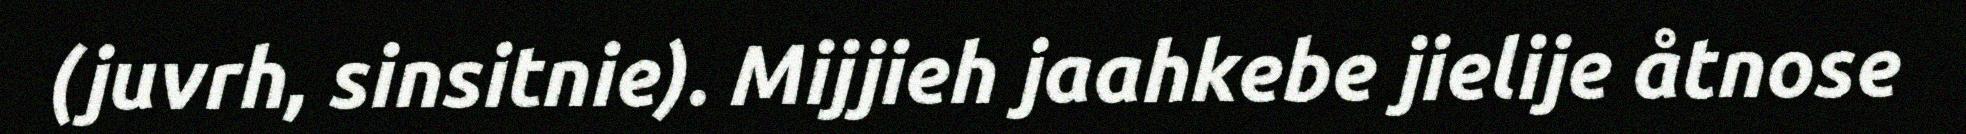
(juvrh, sinsitnie). Mijjieh jaahkebe jielije åtnose